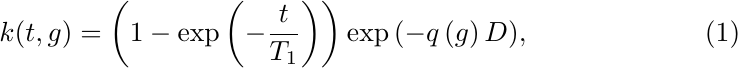
\begin{equation}
    k(t, g) = \left(1 - \exp{\left(- \frac{t}{T_1}\right)}\right) \exp{\left(- q\left(g\right) D \right)},
\end{equation}